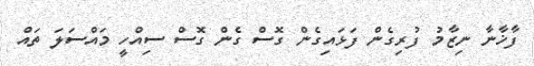
ފާޚާނާ ނިޒާމު ފުރިގެން ފަޅައިގެން ގޮސް ގެން ގޮސް ސިއްހީ މައްސަލަ ތައް